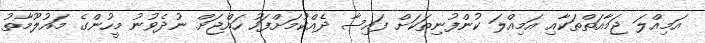
އަމިއްލަ ޖަމާއަތްތަކާއި އަމިއްލަ ކުންފުނިތަކަށް ފައިސާ ދެއްކުމަށްފަހު ހައްޖަށް ނުދެވުނު މީހުންގެ މައުލޫމާތު